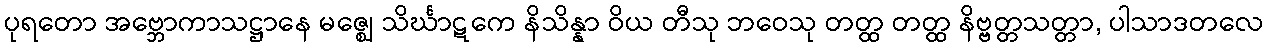
ပုရတော အဗ္ဘောကာသဋ္ဌာနေ မဇ္ဈေ သိင်္ဃာဋကေ နိသိန္နာ ဝိယ တီသု ဘဝေသု တတ္ထ တတ္ထ နိဗ္ဗတ္တသတ္တာ, ပါသာဒတလေ